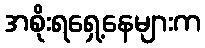
အစိုးရရှေ့နေများက